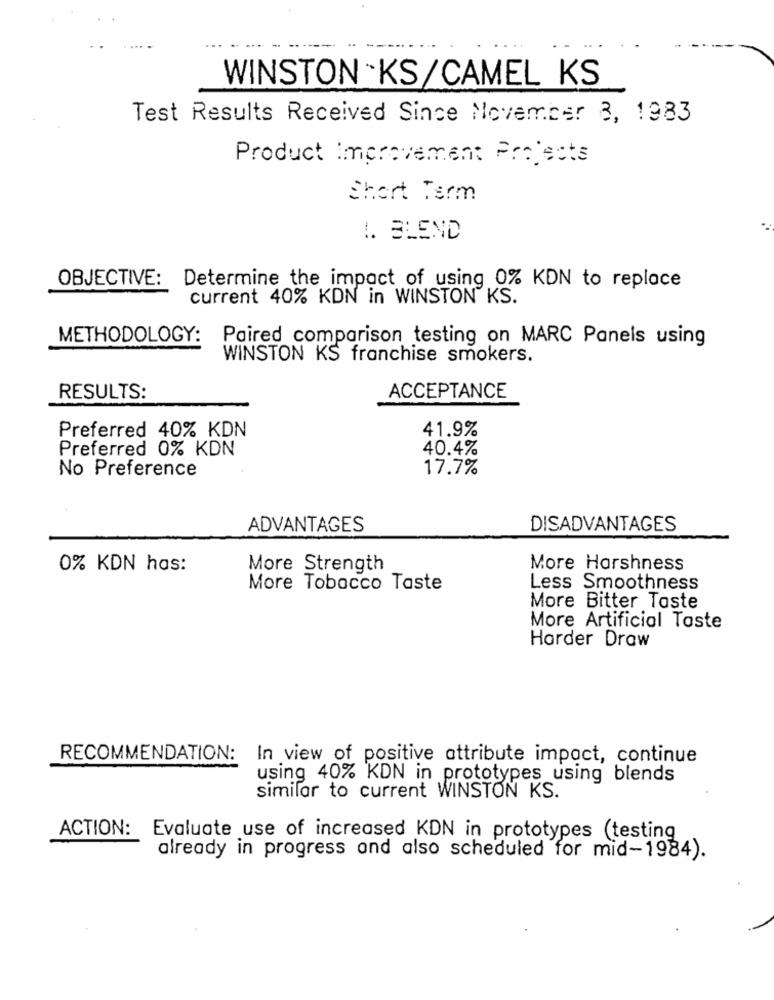
....
WINSTON KS/CAMEL KS
Test Results Received Since November 8, 1983
Product Improvement Projects
Short Term
!. BLEND
OBJECTIVE: Determine the impact of using 0% KDN to replace
current 40% KDN in WINSTON KS.
METHODOLOGY:
Paired comparison testing on MARC Panels using
WINSTON KS franchise smokers.
RESULTS:
ACCEPTANCE
Preferred 40% KDN
41.9%
Preferred 0% KDN
40.4%
No Preference
17.7%
ADVANTAGES
DISADVANTAGES
0% KDN has:
More Strength
More Harshness
More Tobacco Taste
Less Smoothness
More Bitter Taste
More Artificial Toste
Harder Draw
RECOMMENDATION:
In view of positive attribute impact, continue
using 40% KDN in prototypes using blends
similar to current WINSTON KS.
ACTION: Evaluate use of increased KDN in prototypes (testing
already in progress and also scheduled for mid-1984).